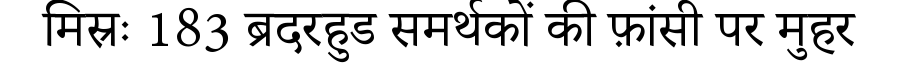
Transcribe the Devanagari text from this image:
मिस्रः 183 ब्रदरहुड समर्थकों की फ़ांसी पर मुहर